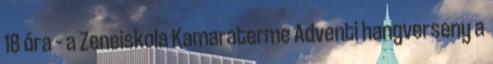
18 óra – a Zeneiskola Kamaraterme Adventi hangverseny a